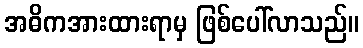
အဓိကအားထားရာမှ ဖြစ်ပေါ်လာသည်။